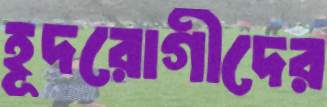
হূদরোগীদের